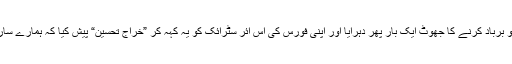
ائر چیف مارشل بھادوریہ نے اپنے پائلٹوں کو عین نشانے پر پہنچنے اور جیش محمد کے ٹھکانے کو برباد کرنے کا جھوٹ ایک بار پھر دہرایا اور اپنی فورس کی اس ائر سٹرائک کو یہ کہہ کر ”خراجِ تحسین“ پیش کیا کہ ہمارے سارے حملہ آور طیارے اور ہواباز بخیر و خوبی اپنا تفویض کردہ مشن مکمل کرکے واپس آ گئے تھے۔